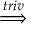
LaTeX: \stackrel { t r i v } { \implies }